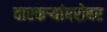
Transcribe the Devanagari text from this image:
वारकर्‍यांबरोबर